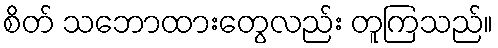
စိတ် သဘောထားတွေလည်း တူကြသည်။